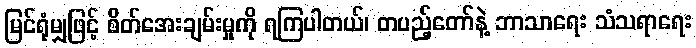
မြင်ရုံမျှဖြင့် စိတ်အေးချမ်းမှုကို ရကြပါတယ်၊ တပည့်တော်နဲ့ ဘာသာရေး သံသရာရေး